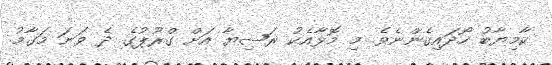
ކާމިޔާބު ހޯދައިގެންނެވެ. މި މޮޅާއެކު ރަޝިޔާ އަށް ގްރޫޕުގެ ދެ ވަނަ މަގާމު